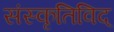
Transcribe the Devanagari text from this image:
संस्कृतिविद्